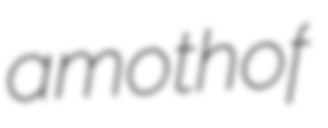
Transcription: a moth of